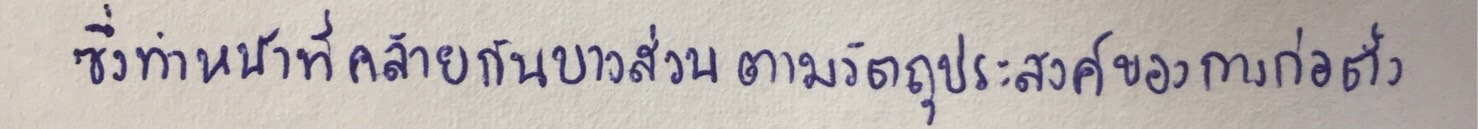
ซึ่งทำหน้าที่คล้ายกันบางส่วนและแตกต่างกันบางส่วนตามวัตถุประสงค์ของการก่อตั้ง